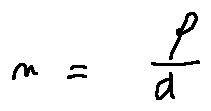
n = \frac { f } { d }